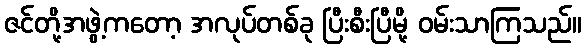
ဇင်တို့အဖွဲ့ကတော့ အလုပ်တစ်ခု ပြီးစီးပြီမို့ ဝမ်းသာကြသည်။